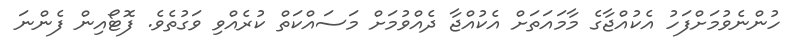
ހުންނެވުމަށްފަހު އެކުއްޖާގެ މާމައަތަށް އެކުއްޖާ ދެއްވުމަށް މަސައްކަތް ކުރެއްވި ވަގުތެވެ. ފޮޓޯއިން ފެންނަ